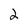
Character: 2